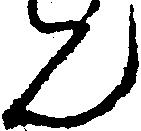
ん